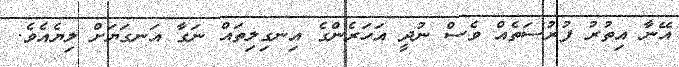
އޭނާ އިތުރު ފުރުސަތެއް ވެސް ނުދީ އަހަރެންގެ އިނގިލިތައް ނަގާ އަނގަޔަށް ލިޔެއެވެ.